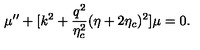
\mu ^ { \prime \prime } + [ k ^ { 2 } + \frac { q ^ { 2 } } { \eta _ { c } ^ { 2 } } ( \eta + 2 \eta _ { c } ) ^ { 2 } ] \mu = 0 .